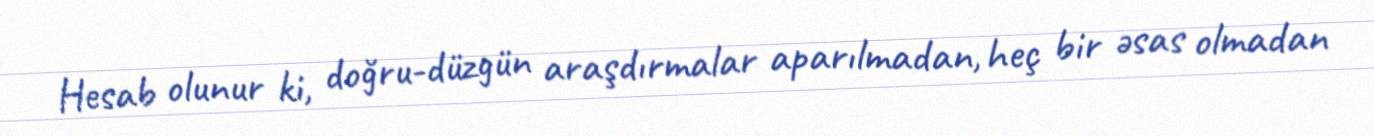
Hesab olunur ki, doğru-düzgün araşdırmalar aparılmadan, heç bir əsas olmadan